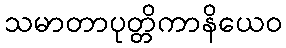
သမာတာပုတ္တိကာနိယေဝ